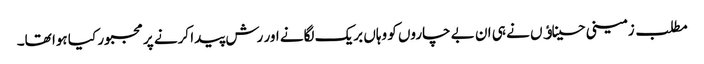
مطلب زمینی حسیناﺅں نے ہی ان بے چاروں کو وہاں بریک لگانے اور رش پیدا کرنے پر مجبور کیا ہوا تھا۔